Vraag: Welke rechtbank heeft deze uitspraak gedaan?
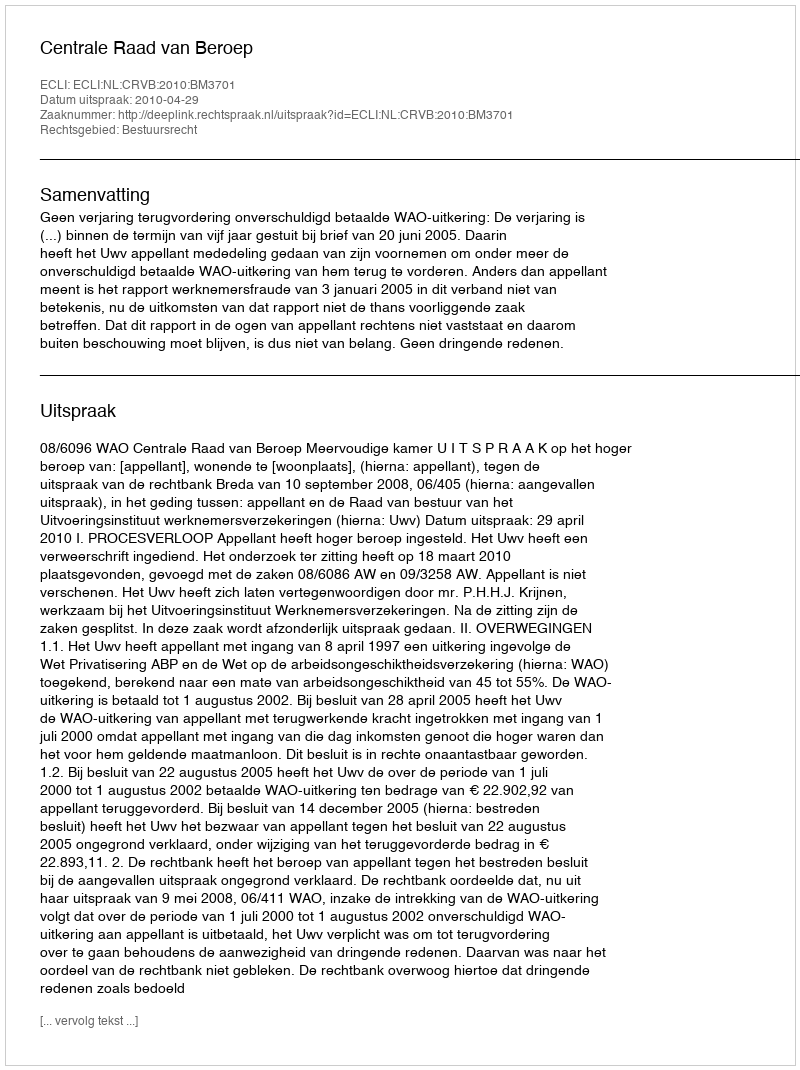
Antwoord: Centrale Raad van Beroep